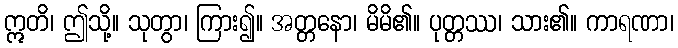
ဣတိ၊ ဤသို့။ သုတွာ၊ ကြား၍။ အတ္တနော၊ မိမိ၏။ ပုတ္တဿ၊ သား၏။ ကာရဏာ၊